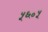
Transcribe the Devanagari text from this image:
५६०५